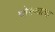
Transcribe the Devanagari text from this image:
चोरण्याचा